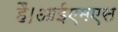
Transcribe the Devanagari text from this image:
हैं।आईएमएस